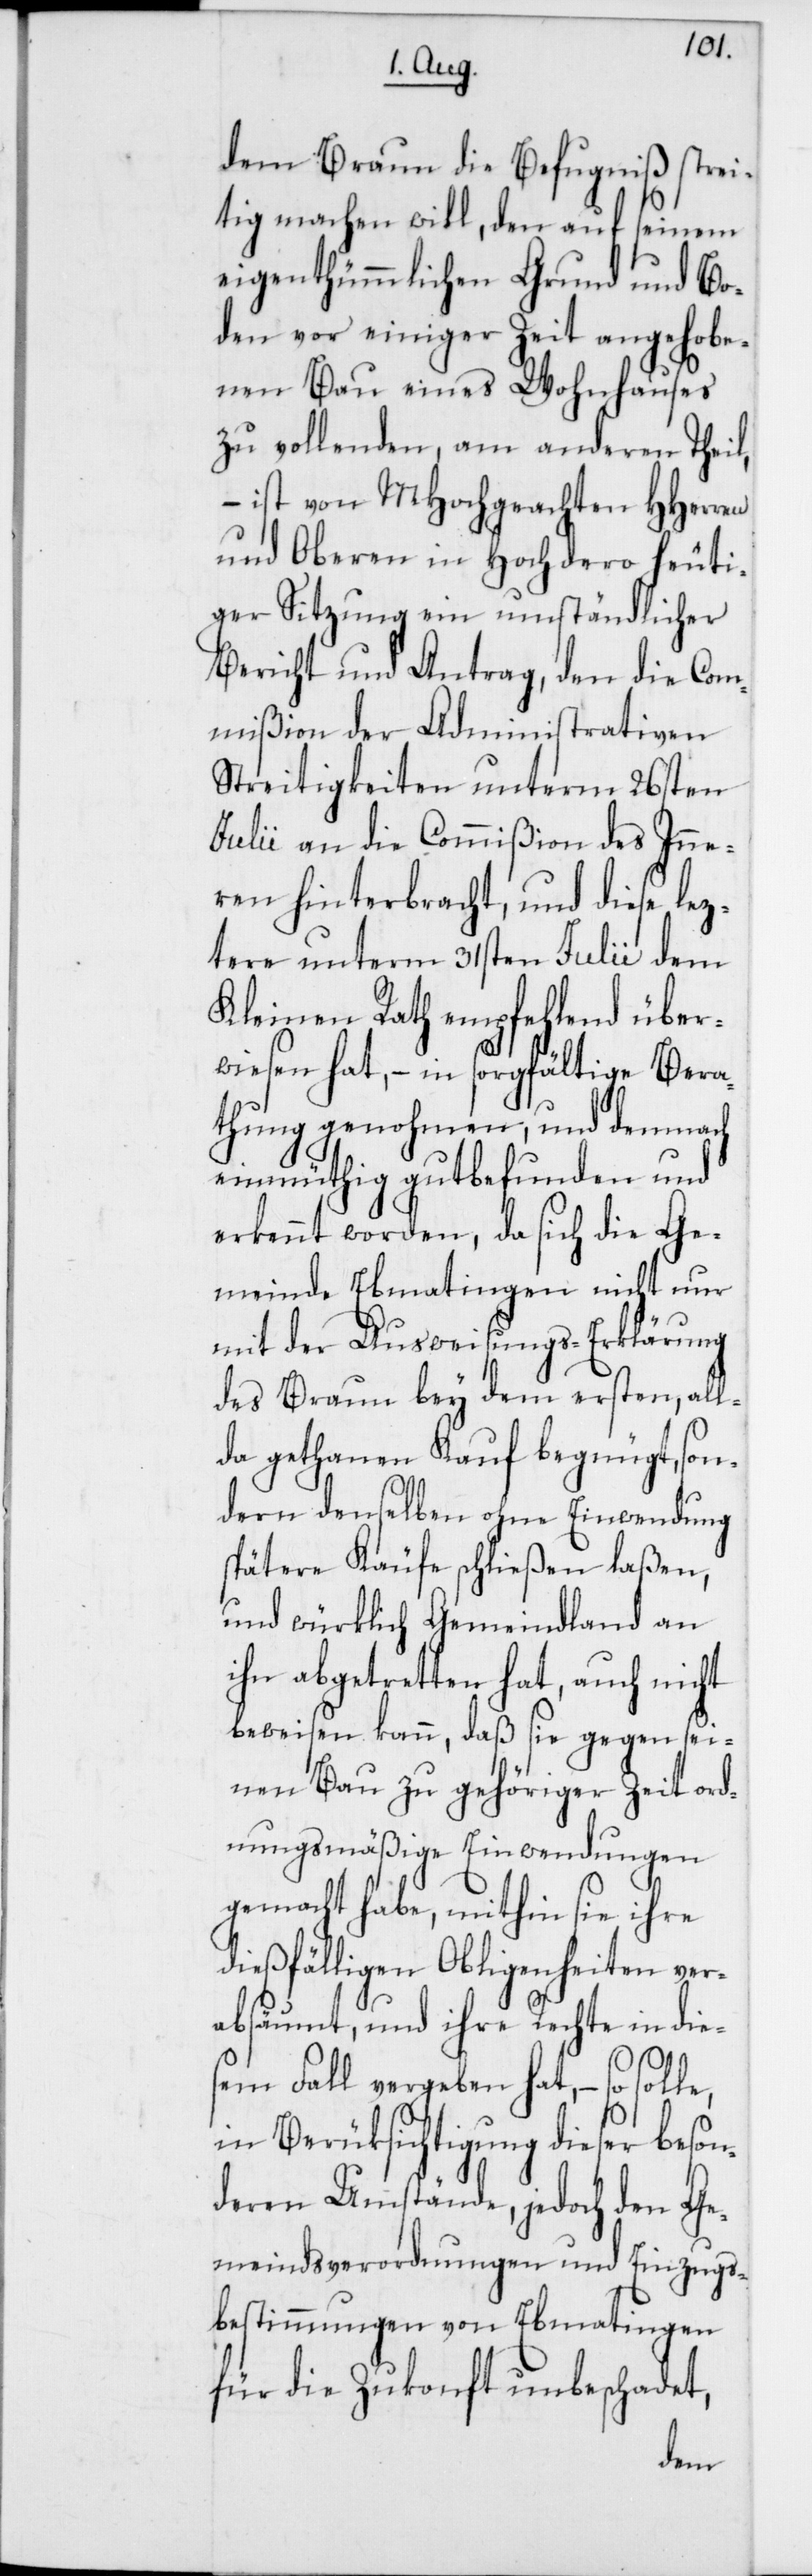
dem Braun die Befugniß strei¬
tig machen will, den auf seinem
eigenthümlichen Grund und Bo¬
den vor einiger Zeit angehobe¬
nen Bau eines Wohnhauses
zu vollenden, am anderen Theil,
– ist von MHochgeachten HHerren
und Oberen in Hochdero heuti¬
ger Sitzung ein umständlicher
Bericht und Antrag, den die Com¬
mißion der Administrativen
Streitigkeiten unterm 26sten
Julii an die Commißion des Inne¬
ren hinterbracht, und diese lez¬
tere unterm 31sten Julii dem
Kleinen Rath empfehlend über¬
wiesen hat, – in sorgfältige Bera¬
thung genohmen, und demnach
einmüthig gutbefunden und
erkennt worden, da sich die Ge¬
meinde Ebmatingen nicht nur
mit der Ausweisungs-Erklärung
des Braun bey dem ersten, all¬
da gethanen Kauf begnügt, son¬
dern denselben ohne Einwendung
spätere Käufe schließen laßen,
und würklich Gemeindland an
ihn abgetretten hat, auch nicht
beweisen kann, daß sie gegen sei¬
nen Bau zu gehöriger Zeit ord¬
nungsmäßige Einwendungen
gemacht habe, mithin sie ihre
dießfälligen Obliegenheiten ver¬
absäumt, und ihre Rechte in die¬
sem Fall vergeben hat, – so solle,
in Berüksichtigung dieser beson¬
deren Umstände, jedoch den Ge¬
meindsverordnungen und Einzugs¬
bestimmungen von Ebmatingen
für die Zukonft unbeschadet,